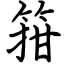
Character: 箝